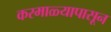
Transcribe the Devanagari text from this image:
करमाळ्यापासून